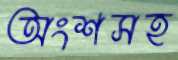
অংশসহ